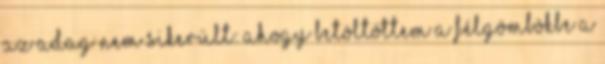
az adag nem sikerült: ahogy betöltöttem a félgömbökbe a